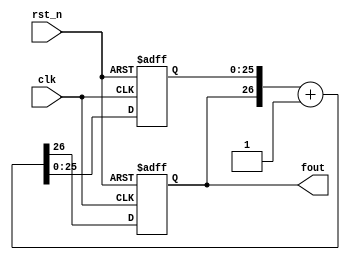
`timescale 1ns / 1ps
//////////////////////////////////////////////////////////////////////////////////
// Company: 
// Engineer: 
// 
// Design Name: 
// Module Name: lab3_1
// Project Name: 
// Target Devices: 
// Tool Versions: 
// Description: 
// 
// Dependencies: 
// 
// Revision:
// Revision 0.01 - File Created
// Additional Comments:
// 
//////////////////////////////////////////////////////////////////////////////////


`define FREQ_DIV_BIT 27
module lab3_1(
fout, // divided clock output
clk, // global clock input
rst_n // active low reset
);
output fout; // divided output
input clk; // global clock input
input rst_n; // active low reset
reg fout; // clk output (in always block)
reg [`FREQ_DIV_BIT-2:0] cnt; // remainder of the counter
reg [`FREQ_DIV_BIT-1:0] cnt_tmp; // input to dff (in always block)
// Combinational logics: increment, neglecting overflow
always @*
cnt_tmp = {fout,cnt} + `FREQ_DIV_BIT'd1;
// Sequential logics: Flip flops
always @(posedge clk or negedge rst_n)
if (~rst_n) 
{fout, cnt}<=`FREQ_DIV_BIT'd0;
else 
{fout,cnt}<=cnt_tmp;
endmodule